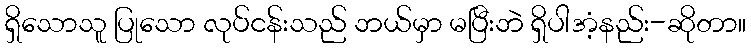
ရှိသောသူ ပြုသော လုပ်ငန်းသည် ဘယ်မှာ မပြီးဘဲ ရှိပါအံ့နည်း-ဆိုတာ။